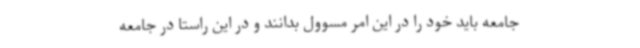
جامعه باید خود را در این امر مسوول بدانند و در این راستا در جامعه